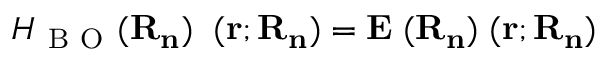
H _ { \mathrm { ~ B ~ O ~ } } ( \bf R _ { n } ) \phi _ { \alpha } ( \bf r ; \bf R _ { n } ) = E _ { \alpha } ( \bf R _ { n } ) \phi ( \bf r ; \bf R _ { n } )